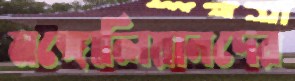
মঙ্গোলিয়ানদের